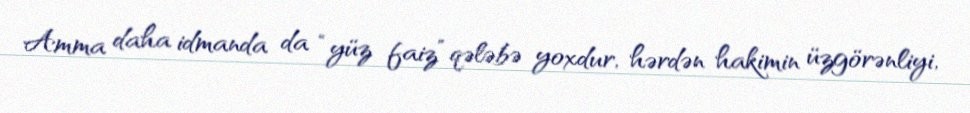
Amma daha idmanda da “yüz faiz” qələbə yoxdur, hərdən hakimin üzgörənliyi,